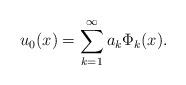
LaTeX: \begin{align*}u_{0}(x)=\sum_{k=1}^{\infty} a_{k} \Phi_{k}(x).\end{align*}